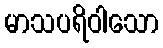
မာသပရိဝါသော